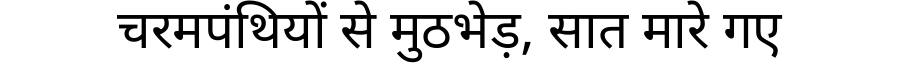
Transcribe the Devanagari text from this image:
चरमपंथियों से मुठभेड़, सात मारे गए